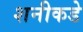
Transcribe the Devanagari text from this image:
शनीकडे